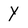
Character: Y